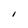
Character: I